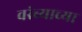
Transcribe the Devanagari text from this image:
वरंब्याच्या